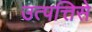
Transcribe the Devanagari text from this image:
उत्पत्तिसे